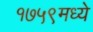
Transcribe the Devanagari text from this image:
१७५९मध्ये